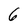
Character: 6